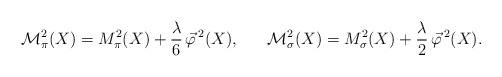
\begin{align*}{\cal M}_\pi^2 (X) = M_\pi^2 (X) + \frac{\lambda}{6} \, \vec{\varphi}^{\, 2} (X) , \;\;\;\;\;\; {\cal M}_\sigma^2 (X) = M_\sigma^2 (X) + \frac{\lambda}{2} \, \vec{\varphi}^{\, 2} (X) . \end{align*}